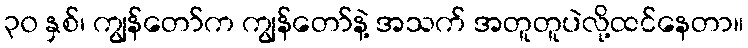
၃၀ နှစ်၊ ကျွန်တော်က ကျွန်တော်နဲ့ အသက် အတူတူပဲလို့ထင်နေတာ။